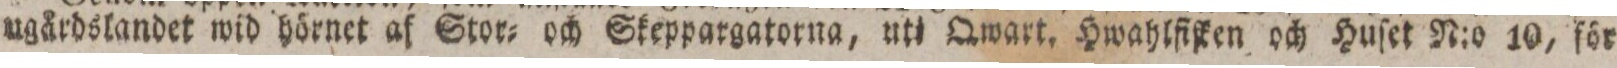
ugårdslandet wid hörnet af Stor= och Skeppargatorna, uti Qwart. Hwahlfiſken och Huſet N:o 10, för